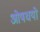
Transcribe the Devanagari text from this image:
ओषधयो